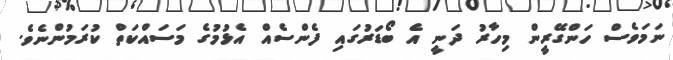
ނަމަވެސް ހަންގޭރީން މިހާރު ދަނީ އެ ބޯޑަރުގައި ފެންސެއް އެޅުމުގެ މަސައްކަތް ކުރަމުންނެވެ.